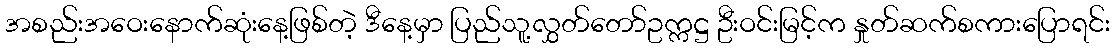
အစည်းအဝေးနောက်ဆုံးနေ့ဖြစ်တဲ့ ဒီနေ့မှာ ပြည်သူ့လွှတ်တော်ဥက္ကဋ္ဌ ဦးဝင်းမြင့်က နှုတ်ဆက်စကားပြောရင်း